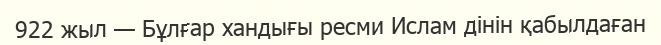
922 жыл — Бұлғар хандығы ресми Ислам дінін қабылдаған